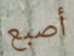
أصبع